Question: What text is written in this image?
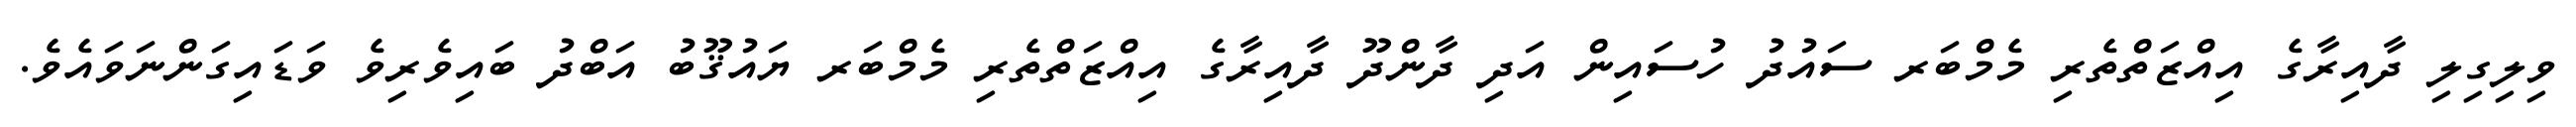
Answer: ވިލިގިލި ދާއިރާގެ އިއްޒަތްތެރި މެމްބަރ ސައުދު ހުސައިން އަދި ދާންދޫ ދާއިރާގެ އިއްޒަތްތެރި މެމްބަރ ޔައުޤޫބު އަބްދު ބައިވެރިވެ ވަޑައިގަންނަވައެވެ.